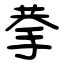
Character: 拲